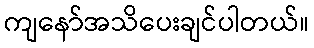
ကျနော်အသိပေးချင်ပါတယ်။